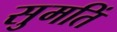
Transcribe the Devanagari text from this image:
सुमतिं